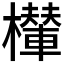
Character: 𣞶